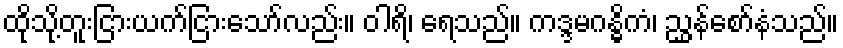
ထိုသို့တူးငြားယက်ငြားသော်လည်း။ ဝါရိ၊ ရေသည်။ ကဒ္ဒမဂန္ဓိကံ၊ ညွှန်စော်နံသည်။